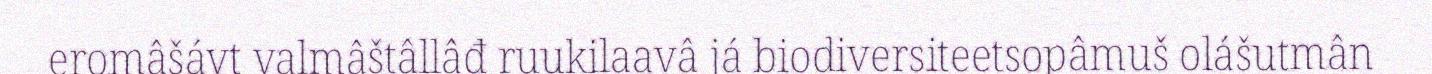
eromâšávt valmâštâllâđ ruukilaavâ já biodiversiteetsopâmuš olášutmân